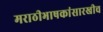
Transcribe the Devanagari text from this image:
मराठीभाषकांसारखीच